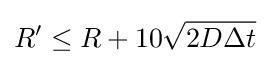
R'\leq R+10{\sqrt {2D\Delta t}}